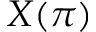
X ( \pi )